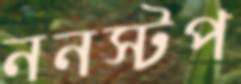
ননস্টপ